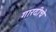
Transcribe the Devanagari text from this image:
गारदीचे